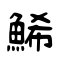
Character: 鯑